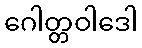
ဂေါတ္တဝါဒေါ